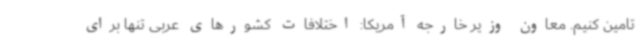
تامین کنیم. معاون وزیر خارجه آمریکا: اختلافات کشورهای عربی تنها برای